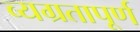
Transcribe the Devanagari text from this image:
व्यग्रतापूर्ण